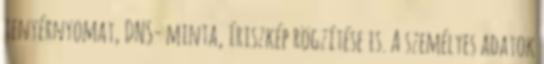
tenyérnyomat, DNS- minta, íriszkép rögzítése is. A személyes adatok